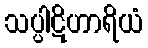
သပ္ပါဋိဟာရိယံ